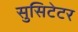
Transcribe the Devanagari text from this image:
सुसिटेटर